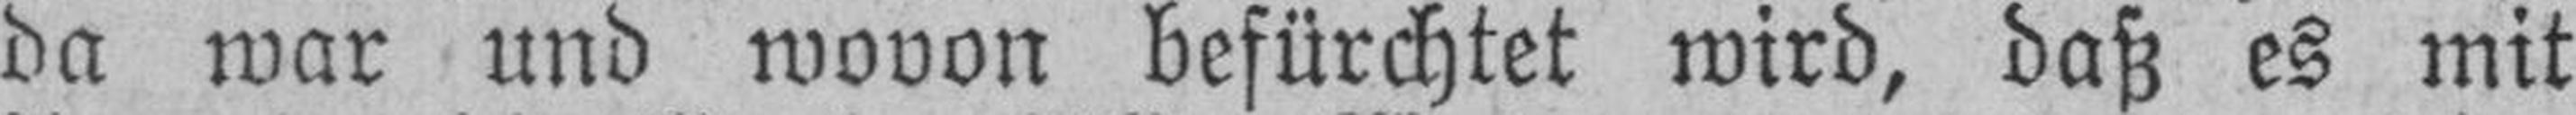
da war und wovon befürchtet wird, daß es mit